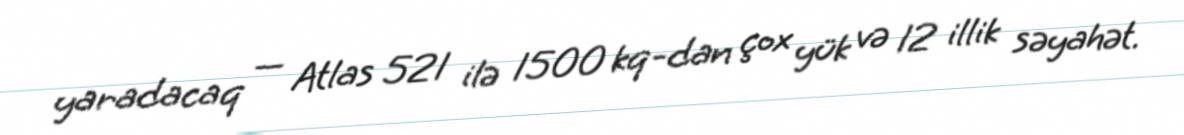
yaradacaq — Atlas 521 ilə 1500 kq-dan çox yük və 12 illik səyahət.